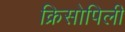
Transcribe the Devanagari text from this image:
क्रिसोपिली